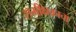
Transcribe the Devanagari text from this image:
समीक्षकाचा